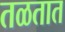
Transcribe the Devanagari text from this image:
तळतात